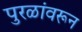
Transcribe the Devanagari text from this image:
पुरळांवरून